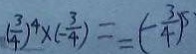
( \frac { 3 } { 4 } ) ^ { 4 } \times ( - \frac { 3 } { 4 } ) = - ( - \frac { 3 } { 4 } ) ^ { 5 }